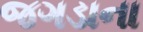
જગડાના